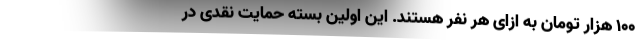
۱۰۰ هزار تومان به ازای هر نفر هستند. این اولین بسته حمایت نقدی در